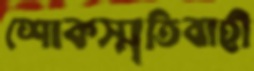
শোকস্মৃতিবাহী